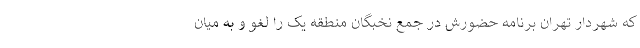
که شهردار تهران برنامه حضورش در جمع نخبگان منطقه یک را لغو و به میان